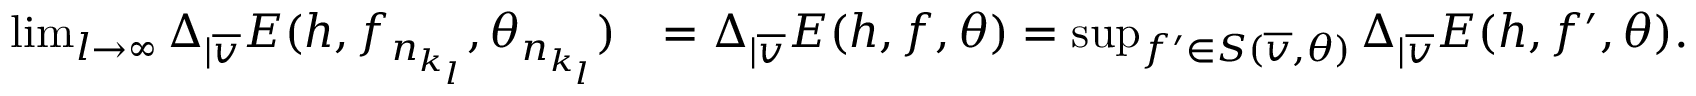
\begin{array} { r l } { \operatorname* { l i m } _ { l \rightarrow \infty } \Delta _ { | \overline { v } } E ( h , f _ { n _ { k _ { l } } } , \theta _ { n _ { k _ { l } } } ) } & { = \Delta _ { | \overline { v } } E ( h , f , \theta ) = \operatorname* { s u p } _ { f ^ { \prime } \in S ( \overline { v } , \theta ) } \Delta _ { | \overline { v } } E ( h , f ^ { \prime } , \theta ) . } \end{array}